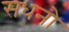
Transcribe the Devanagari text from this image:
सधनो